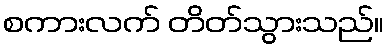
စကားလက် တိတ်သွားသည်။